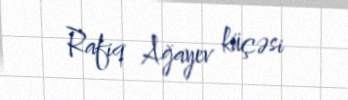
Rafiq Ağayev küçəsi